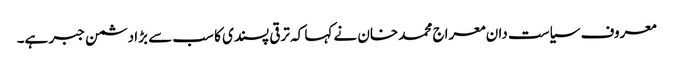
معروف سیاست دان معراج محمد خان نے کہا کہ ترقی پسندی کا سب سے بڑا دشمن جبر ہے۔